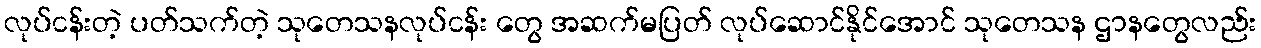
လုပ်ငန်းတဲ့ ပတ်သက်တဲ့ သုတေသနလုပ်ငန်း တွေ အဆက်မပြတ် လုပ်ဆောင်နိုင်အောင် သုတေသန ဌာနတွေလည်း